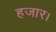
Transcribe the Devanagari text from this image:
हजार।